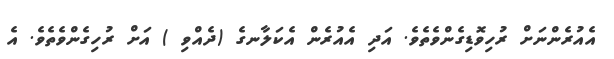
އެއުރެންނަށް ރުހިވޮޑިގެންވެތެވެ. އަދި އެއުރެން އެކަލާނގެ (ދެއްވި ) އަށް ރުހިގެންވެތެވެ. އެ